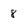
Character: 8